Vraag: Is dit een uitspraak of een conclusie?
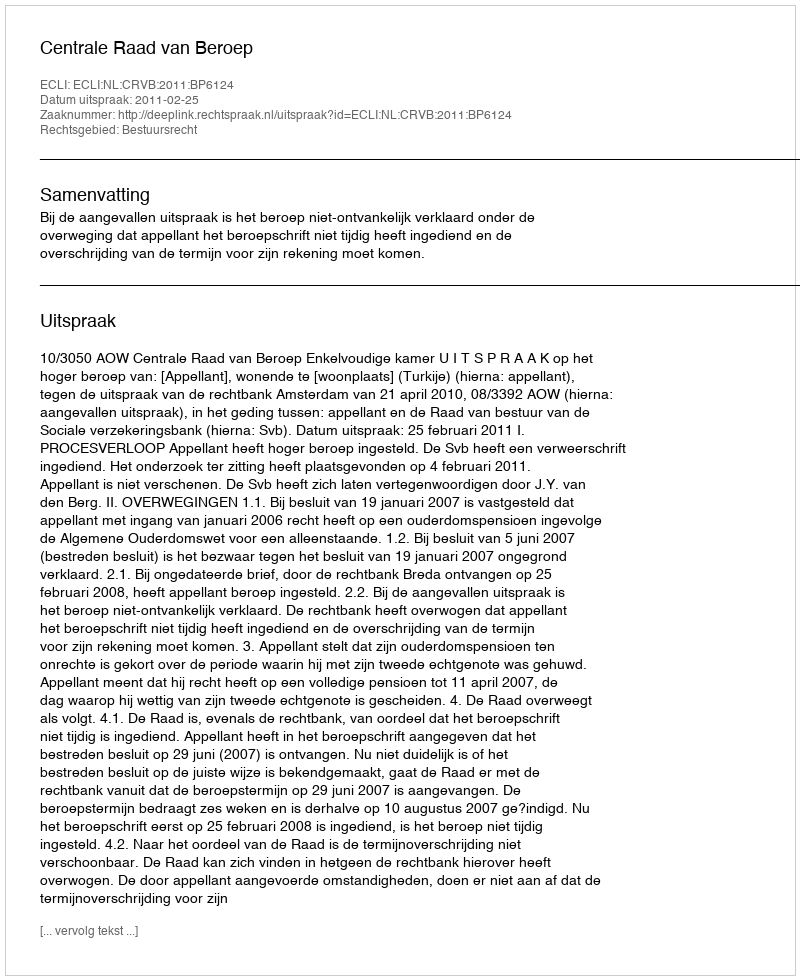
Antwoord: Uitspraak